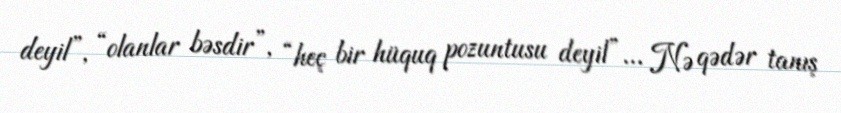
deyil”, “olanlar bəsdir”, “heç bir hüquq pozuntusu deyil”... Nə qədər tanış